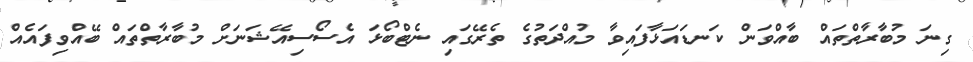
ގިނަ މުބާރާތްތައް ބާއްވަން ކަނޑައަޅާފައިވާ މުއްދަތުގެ ތެރޭގައި ނެޓްބޯޅަ އެސޯސިއޭޝަނަށް މުބާރާތްތައް ބޭއްވިފައެއް